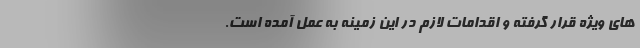
های ویژه قرار گرفته و اقدامات لازم در این زمینه به عمل آمده است.